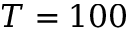
T = 1 0 0